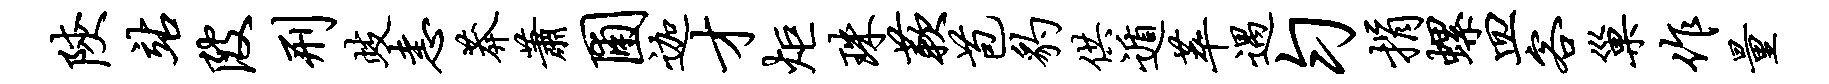
陕站陂刑歧恚莽萧圃迦才炬珠蔌苞豹供遁萃遇匀捐螺皿客巢作量